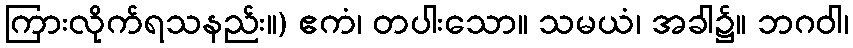
ကြားလိုက်ရသနည်း။) ဧကံ၊ တပါးသော။ သမယံ၊ အခါ၌။ ဘဂဝါ၊